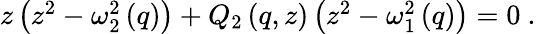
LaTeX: \begin{array}{r}{z\left(z^{2}-\omega_{2}^{2}\left(q\right)\right)+Q_{2}\left(q,z\right)\left(z^{2}-\omega_{1}^{2}\left(q\right)\right)=0\ .}\end{array}